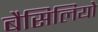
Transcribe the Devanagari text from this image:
बैसिलियो